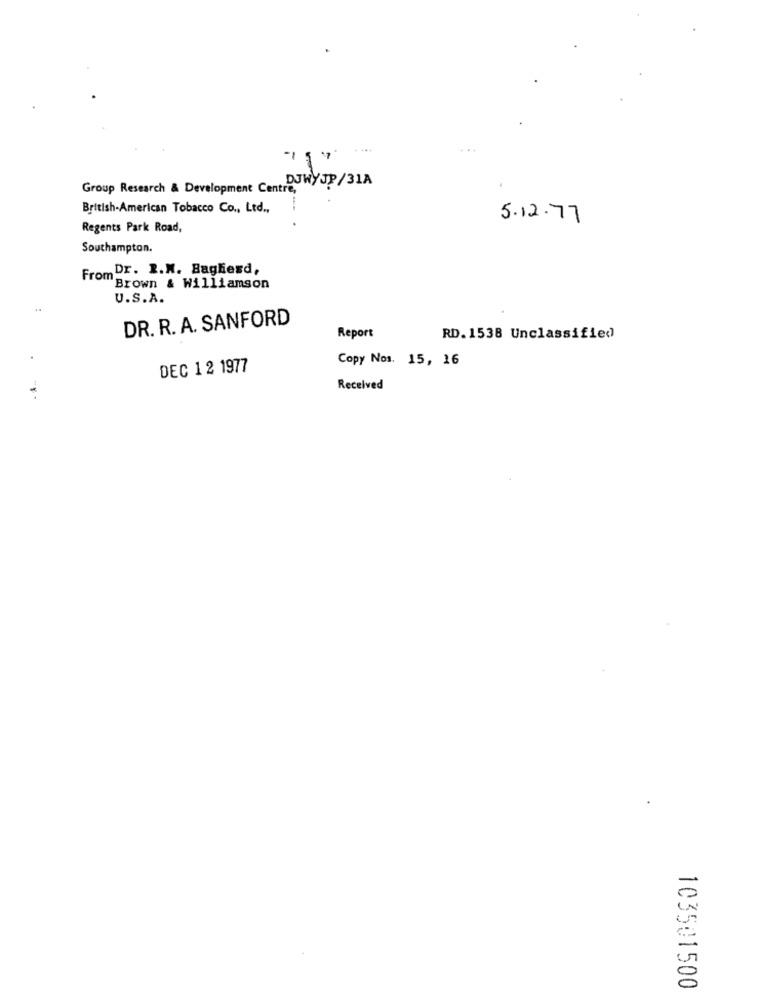
....
DJWYJP/31A
Group Research & Development Centre,
British-American Tobacco Co ., Ltd .,
5.12.77
Regents Park Road,
Southampton.
FromDr. R.M. Baghiesd,
"Brown & Williamson
U.S.A.
DR. R. A. SANFORD
Report
RD. 1538 Unclassified
Copy Nos. 15, 16
DEC 1 2 1977
Received
103501500